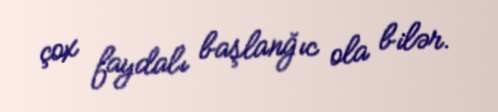
çox faydalı başlanğıc ola bilər.